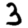
Digit: 3